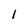
Character: 1